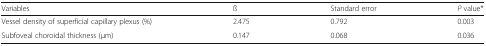
<table><thead><tr><td><b>Variables</b></td><td><b>ß</b></td><td><b>Standard error</b></td><td><b><i>P</i> value*</b></td></tr></thead><tbody><tr><td>Vessel density of superficial capillary plexus (%)</td><td>2.475</td><td>0.792</td><td>0.003</td></tr><tr><td>Subfoveal choroidal thickness (μm)</td><td>0.147</td><td>0.068</td><td>0.036</td></tr></tbody></table>